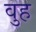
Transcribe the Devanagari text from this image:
वुह